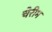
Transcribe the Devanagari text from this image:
चेरीम